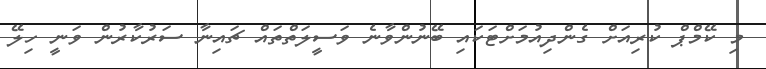
މި ކޭމްޕް ކުރިއަށް ގެންދިއުމަށްޓަކައި ބޭނުންވާނެ ވަސީލަތްތައް ޗައިނާ ސަރުކާރުން ވަނީ ހިލޭ